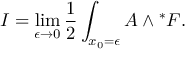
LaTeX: I = \operatorname * { l i m } _ { \epsilon \to 0 } { \frac { 1 } { 2 } } \int _ { x _ { 0 } = \epsilon } { \cal A } \wedge { } ^ { * } { \cal F } .